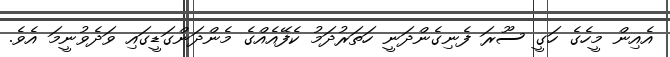
އެއިން މީހެގެ ހަގީ ސޫރަ ފެނިގެންދަނީ ހަތަރުދަމު ކެފޭއެއްގެ މެންދަންގަޑީގައި ވަދެވުނީމަ އެވެ.